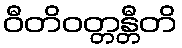
ဝီတိဝတ္တန္တီတိ